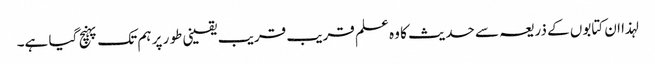
لہذا ان کتابوں کے ذریعہ سے حدیث کا وہ علم قریب قریب یقینی طو ر پر ہم تک پہنچ گیا ہے۔